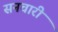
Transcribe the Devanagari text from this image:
सनचारी